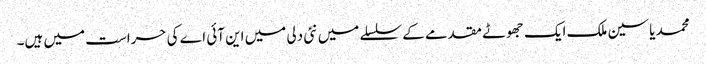
محمد یاسین ملک ایک جھوٹے مقدمے کے سلسلے میں نئی دلی میں این آئی اے کی حراست میں ہیں۔